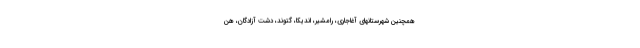
همچنین شهرستانهای آغاجاری، رامشیر، اندیکا، گتوند، دشت آزادگان، هن